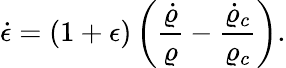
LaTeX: \dot{\epsilon}=(1+\epsilon)\left({\frac{\dot{\varrho}}{\varrho}}-{\frac{\dot{\varrho}_{c}}{\varrho_{c}}}\right).